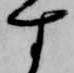
す